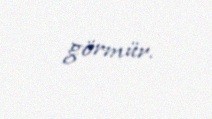
görmür.